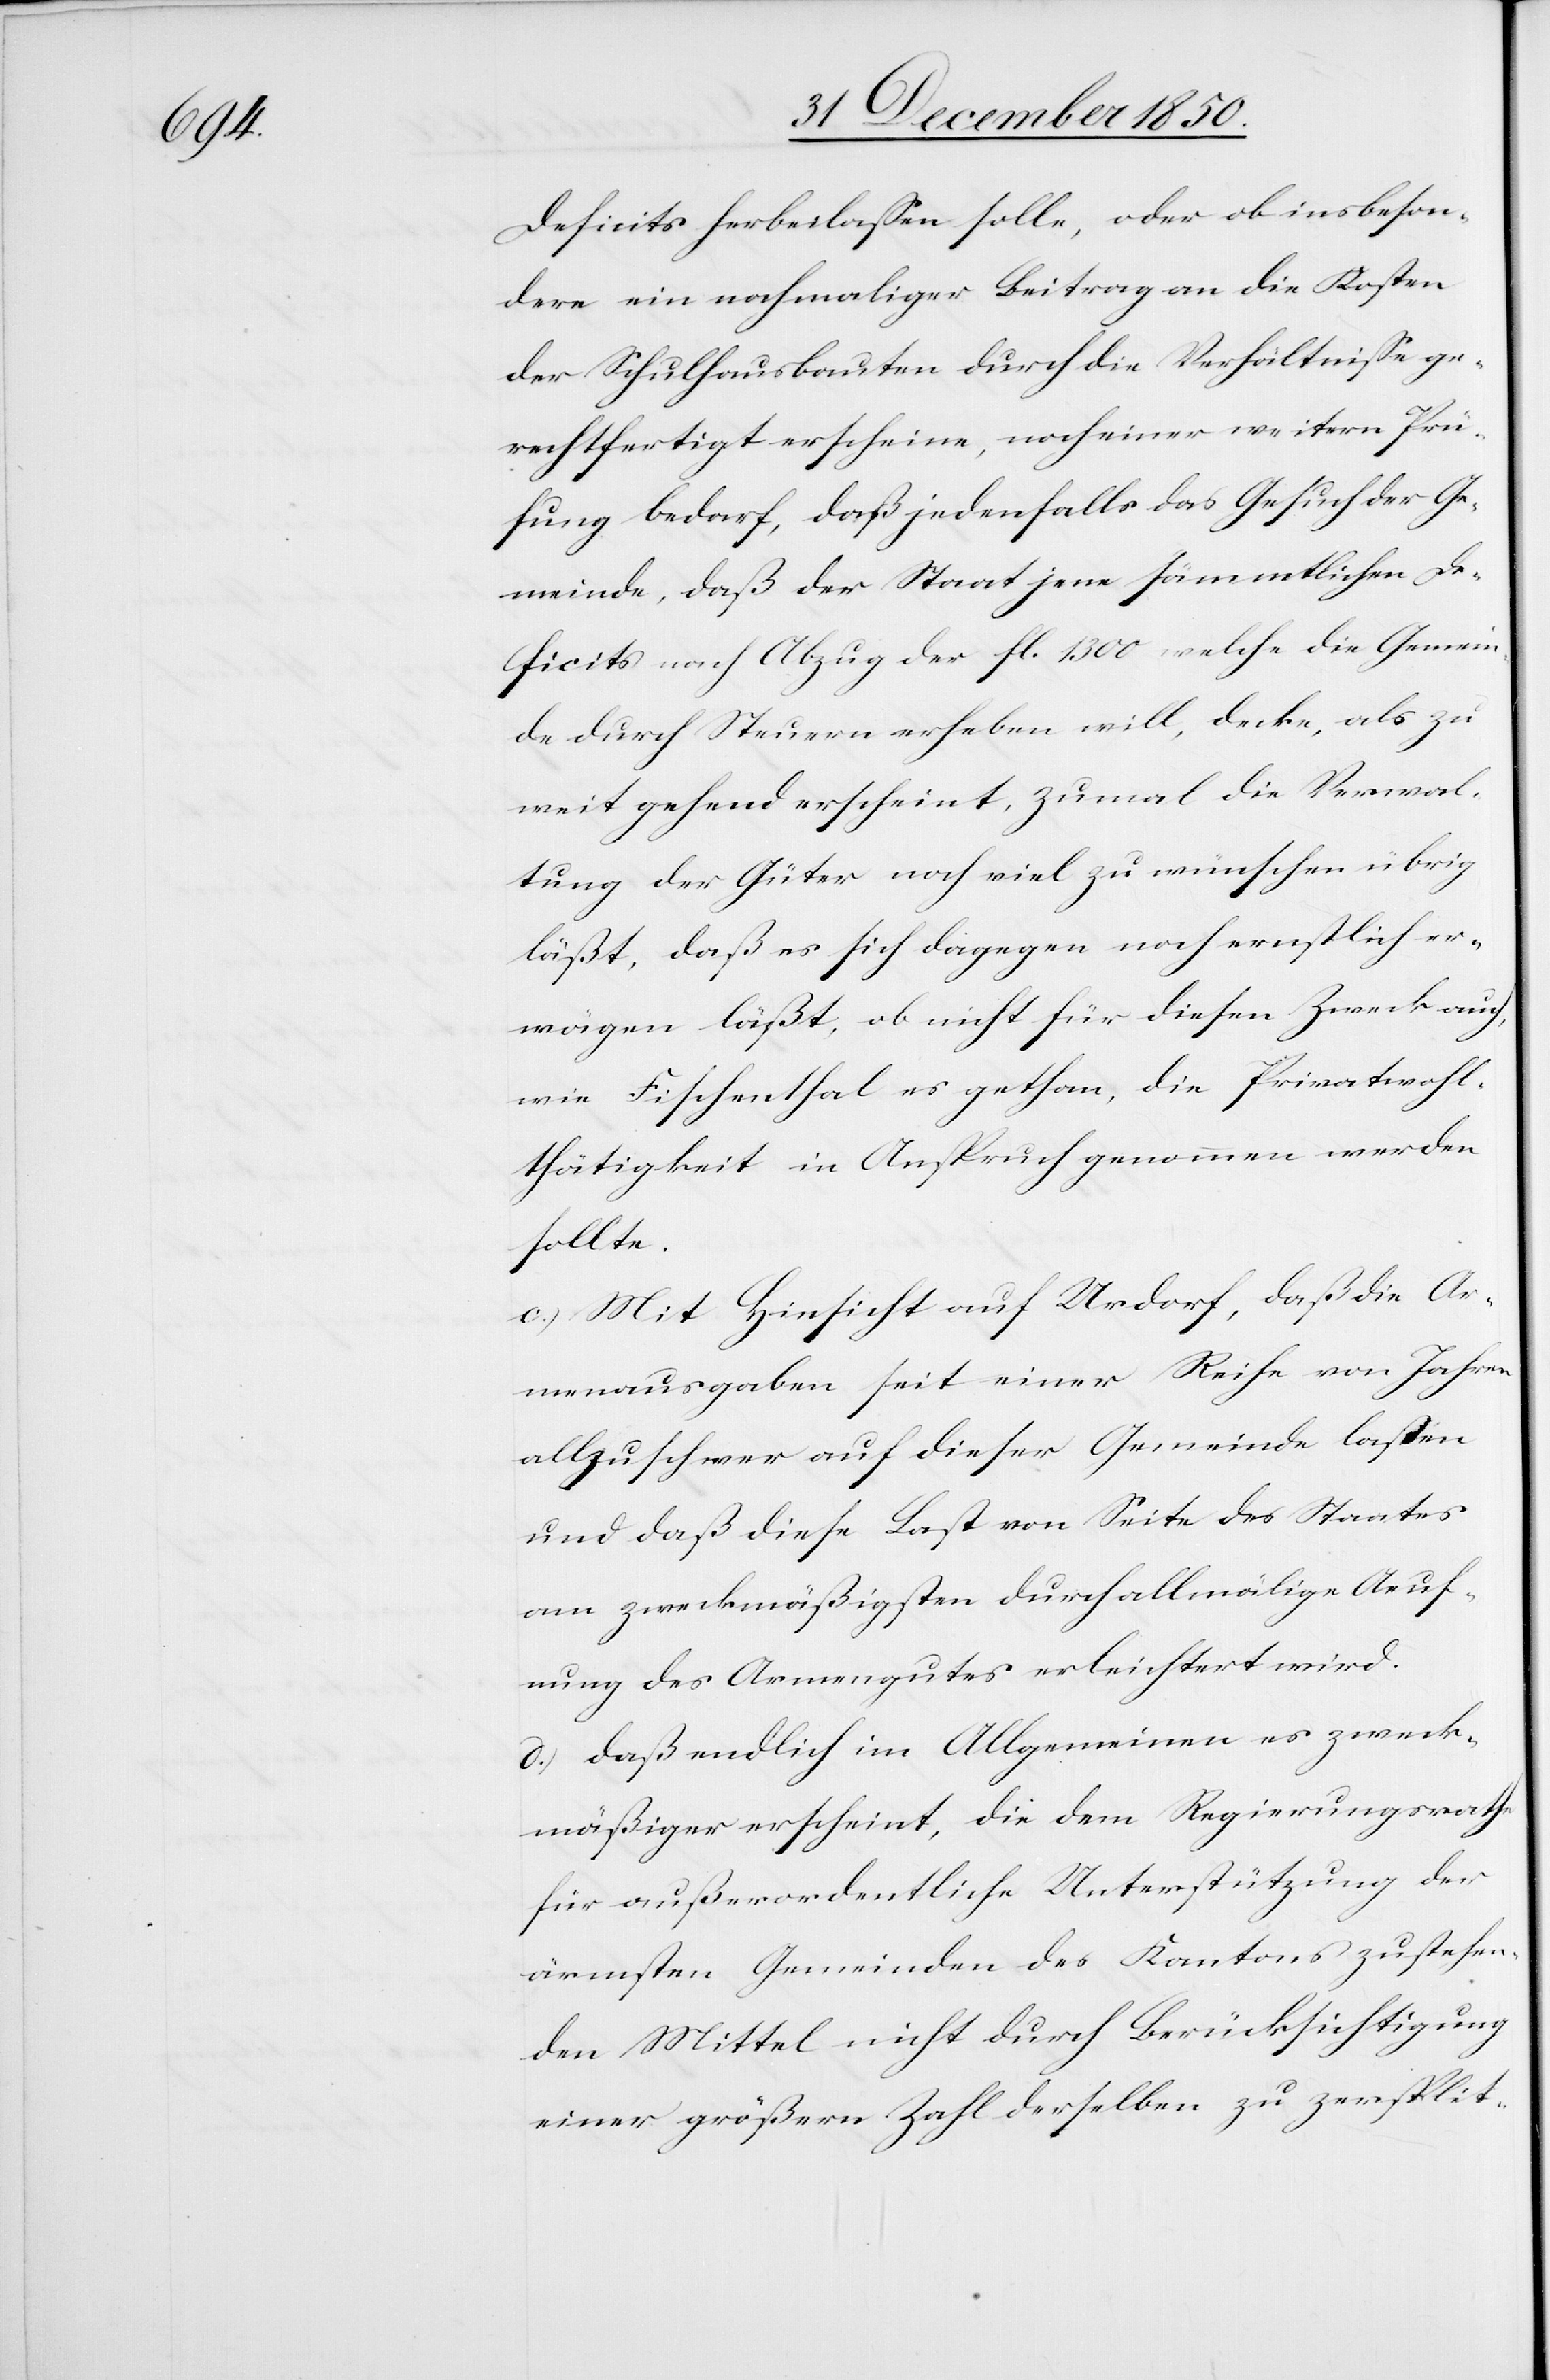
Deficits herbeilassen solle, oder ob insbeson¬
dere ein nochmaliger Beitrag an die Kosten
der Schulhausbauten durch die Verhältnisse ge¬
rechtfertigt erscheine, noch einer weitern Prü¬
fung bedarf, daß jedenfalls das Gesuch der Ge¬
meinde, daß der Staat jene sämmtlichen De¬
ficits nach Abzug der fl. 1300 welche die Gemein¬
de durch Steuern erheben will, decke, als zu
weit gehend erscheint, zumal die Verwal¬
tung der Güter noch viel zu wünschen übrig
läßt, daß es sich dagegen noch ernstlich er¬
wägen läßt, ob nicht für diesen Zweck auch,
wie Fischenthal es gethan, die Privatwohl¬
thätigkeit in Anspruch genommen werden
sollte.
c.) Mit Hinsicht auf Urdorf, daß die Ar¬
menausgaben seit einer Reihe von Jahren
allzuschwer auf dieser Gemeinde lasten
und daß diese Last von Seite des Staates
am zweckmäßigsten durch allmälige Aeuf¬
nung des Armengutes erleichtert wird.
d.) Daß endlich im Allgemeinen es zweck¬
mäßiger erscheint, die dem Regierungsrathe
für außerordentliche Unterstützung der
ärmsten Gemeinden des Kantons zustehen¬
den Mittel nicht durch Berücksichtigung
einer größern Zahl derselben zu zersplit-